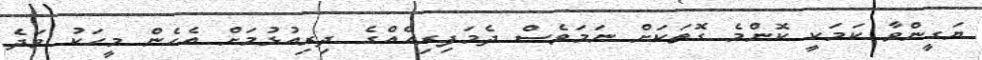
ޔަގީންވާ ކަމަކީ ކޮންމެ ގޮތަކަށް ނަމަވެސް ދެމަފިރިއެއްގެ ދިރިއުޅުމަށް އެހެން މީހަކު ވަދެ